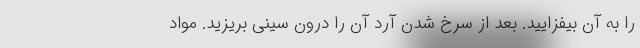
را به آن بیفزایید. بعد از سرخ شدن آرد آن را درون سینی بریزید. مواد